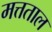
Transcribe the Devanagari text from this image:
मत्तताल